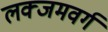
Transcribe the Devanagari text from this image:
लक्जमवर्ग